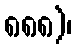
၈၈၈)၊